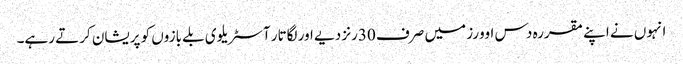
انہوں نے اپنے مقررہ دس اوورز میں صرف 30رنز دیے اور لگاتار آسٹریلوی بلے بازوں کو پریشان کرتے رہے۔